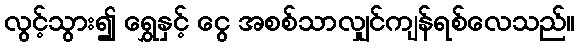
လွင့်သွား၍ ရွှေနှင့် ငွေ အစစ်သာလျှင်ကျန်ရစ်လေသည်။